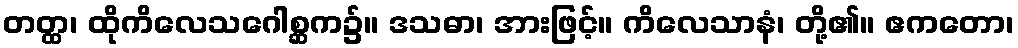
တတ္ထ၊ ထိုကိလေသဂေါစ္ဆက၌။ ဒသဓာ၊ အားဖြင့်။ ကိလေသာနံ၊ တို့၏။ ဧကတော၊